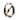
0